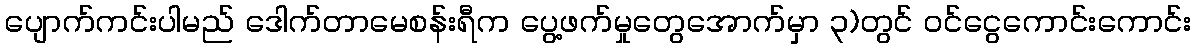
ပျောက်ကင်းပါမည် ဒေါက်တာမေစန်းရီက ပွေ့ဖက်မှုတွေအောက်မှာ ၃)တွင် ဝင်ငွေကောင်းကောင်း